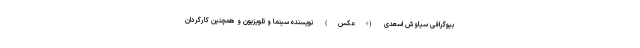
بیوگرافی سیاوش اسعدی (+عکس) نویسنده سینما و تلویزیون و همچنین کارگردان